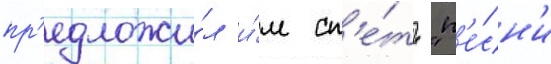
пр'едложи́л и́м сп'е́ть "п'е́сн'и